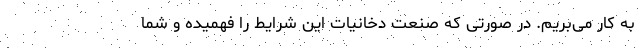
به کار می‌بریم. در صورتی که صنعت دخانیات این شرایط را فهمیده و شما